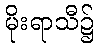
မိုးရာသီ၌